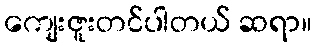
ကျေးဇူးတင်ပါတယ် ဆရာ။